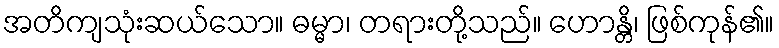
အတိကျသုံးဆယ်သော။ ဓမ္မာ၊ တရားတို့သည်။ ဟောန္တိ၊ ဖြစ်ကုန်၏။